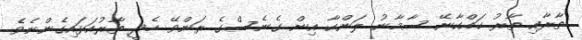
ތާރާއި ތާރު ކައްކާނޭ ސާމާނު ލަންކާ އިން ގެނެސްގެ ރަންވޭ ހެދީ ތާރުއަޅައިގެންނެވެ.